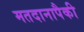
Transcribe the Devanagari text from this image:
मतदानापैकी